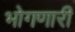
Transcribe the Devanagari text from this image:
भोगणारी